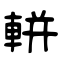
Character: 軿